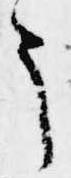
う